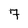
Character: 7